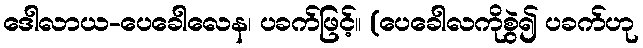
ဒေါလာယ-ပေခေါလေန၊ ပခက်ဖြင့်။ (ပေခေါလကိုစွဲ၍ ပခက်ဟု